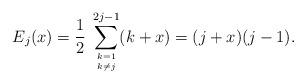
LaTeX: \begin{align*}E_j(x)=\frac{1}{2} \; \sum_{{k=1 \atop k\neq j}}^{2j-1} (k+x)= (j+x)(j-1).\end{align*}